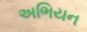
અભિયન